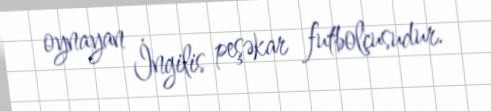
oynayan İngilis peşəkar futbolçusudur.